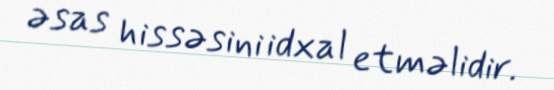
əsas hissəsini idxal etməlidir.